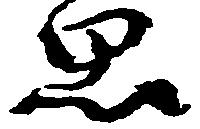
思